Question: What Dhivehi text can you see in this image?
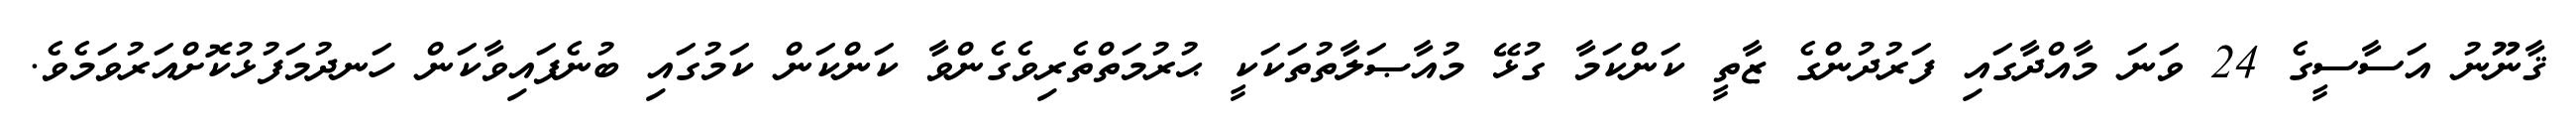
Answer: ޤާނޫނު އަސާސީގެ 24 ވަނަ މާއްދާގައި ފަރުދުންގެ ޒާތީ ކަންކަމާ ގުޅޭ މުއާޞަލާތުތަކަކީ ޙުރުމަތްތެރިވެގެންވާ ކަންކަން ކަމުގައި ބުނެފައިވާކަން ހަނދުމަފުޅުކޮށްއަރުވަމެވެ.